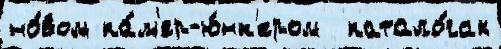
но́вом ка́м'ер-ю́нк'ером  катало́гах